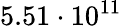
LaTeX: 5.51\cdot 10^{11}